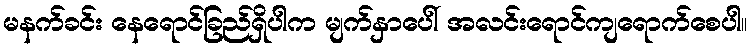
မနက်ခင်း နေရောင်ခြည်ရှိပါက မျက်နှာပေါ် အလင်းရောင်ကျရောက်စေပါ။